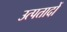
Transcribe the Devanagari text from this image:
उत्पतादों